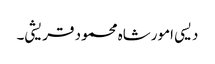
دیسی امورشاہ محمود قریشی۔